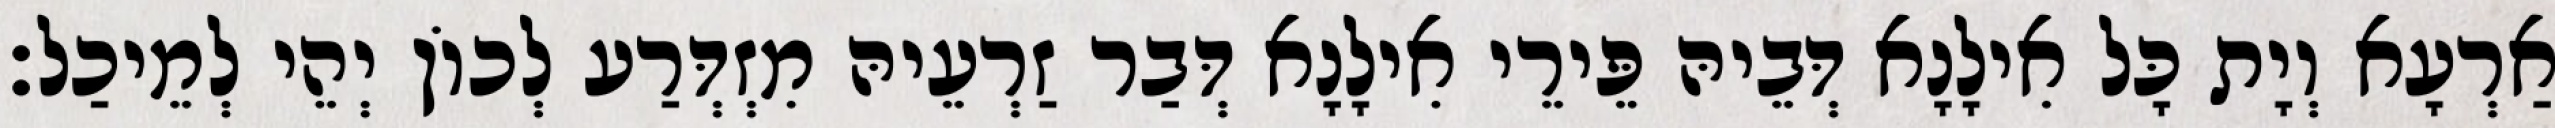
אַרְעָא וְיָת כָּל אִילָנָא דְּבֵיהּ פֵּירֵי אִילָנָא דְּבַר זַרְעֵיהּ מִזְדְּרַע לְכוֹן יְהֵי לְמֵיכַל׃